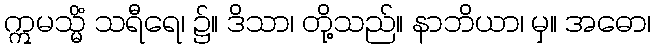
ဣမသ္မိံ သရီရေ၊ ၌။ ဒိသာ၊ တို့သည်။ နာဘိယာ၊ မှ။ အဓော၊